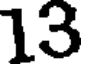
13